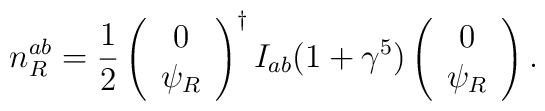
n_R^{ab}=\frac 12\left(\begin{array}{c}0 \\\psi _R\end{array}\right) ^{\dagger }I_{ab}(1+\gamma ^5)\left(\begin{array}{c}0 \\\psi _R\end{array}\right) .